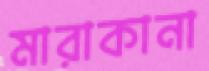
মারাকানা